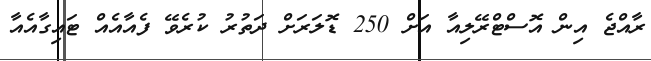
ރާއްޖެ އިން އޮސްޓްރޭލިއާ އަށް 250 ޑޮލަރަށް ދަތުރު ކުރެވޭ ފެއާއެއް ޓައިގާއެއާ